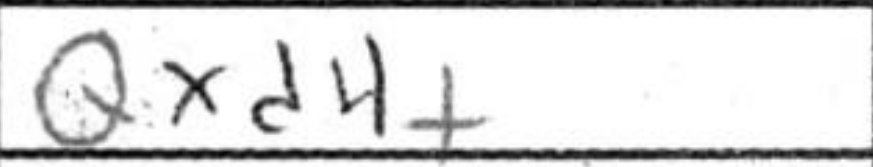
Transcription: Qxd4+